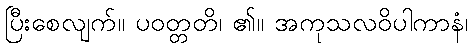
ပြီးစေလျက်။ ပဝတ္တတိ၊ ၏။ အကုသလဝိပါကာနံ၊